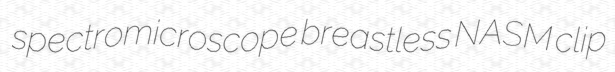
spectromicroscope breastless NASM clip